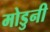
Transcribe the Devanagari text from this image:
मोडुनी